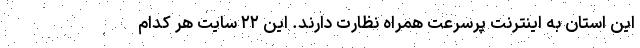
این استان به اینترنت پرسرعت همراه نظارت دارند. این ۲۲ سایت هر کدام